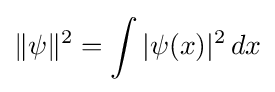
\|\psi \|^{2}=\int |\psi (x)|^{2}\,dx